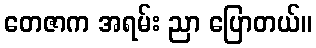
တေဇာက အရမ်း ညာ ပြောတယ်။